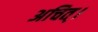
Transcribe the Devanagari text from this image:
अचित्‌।